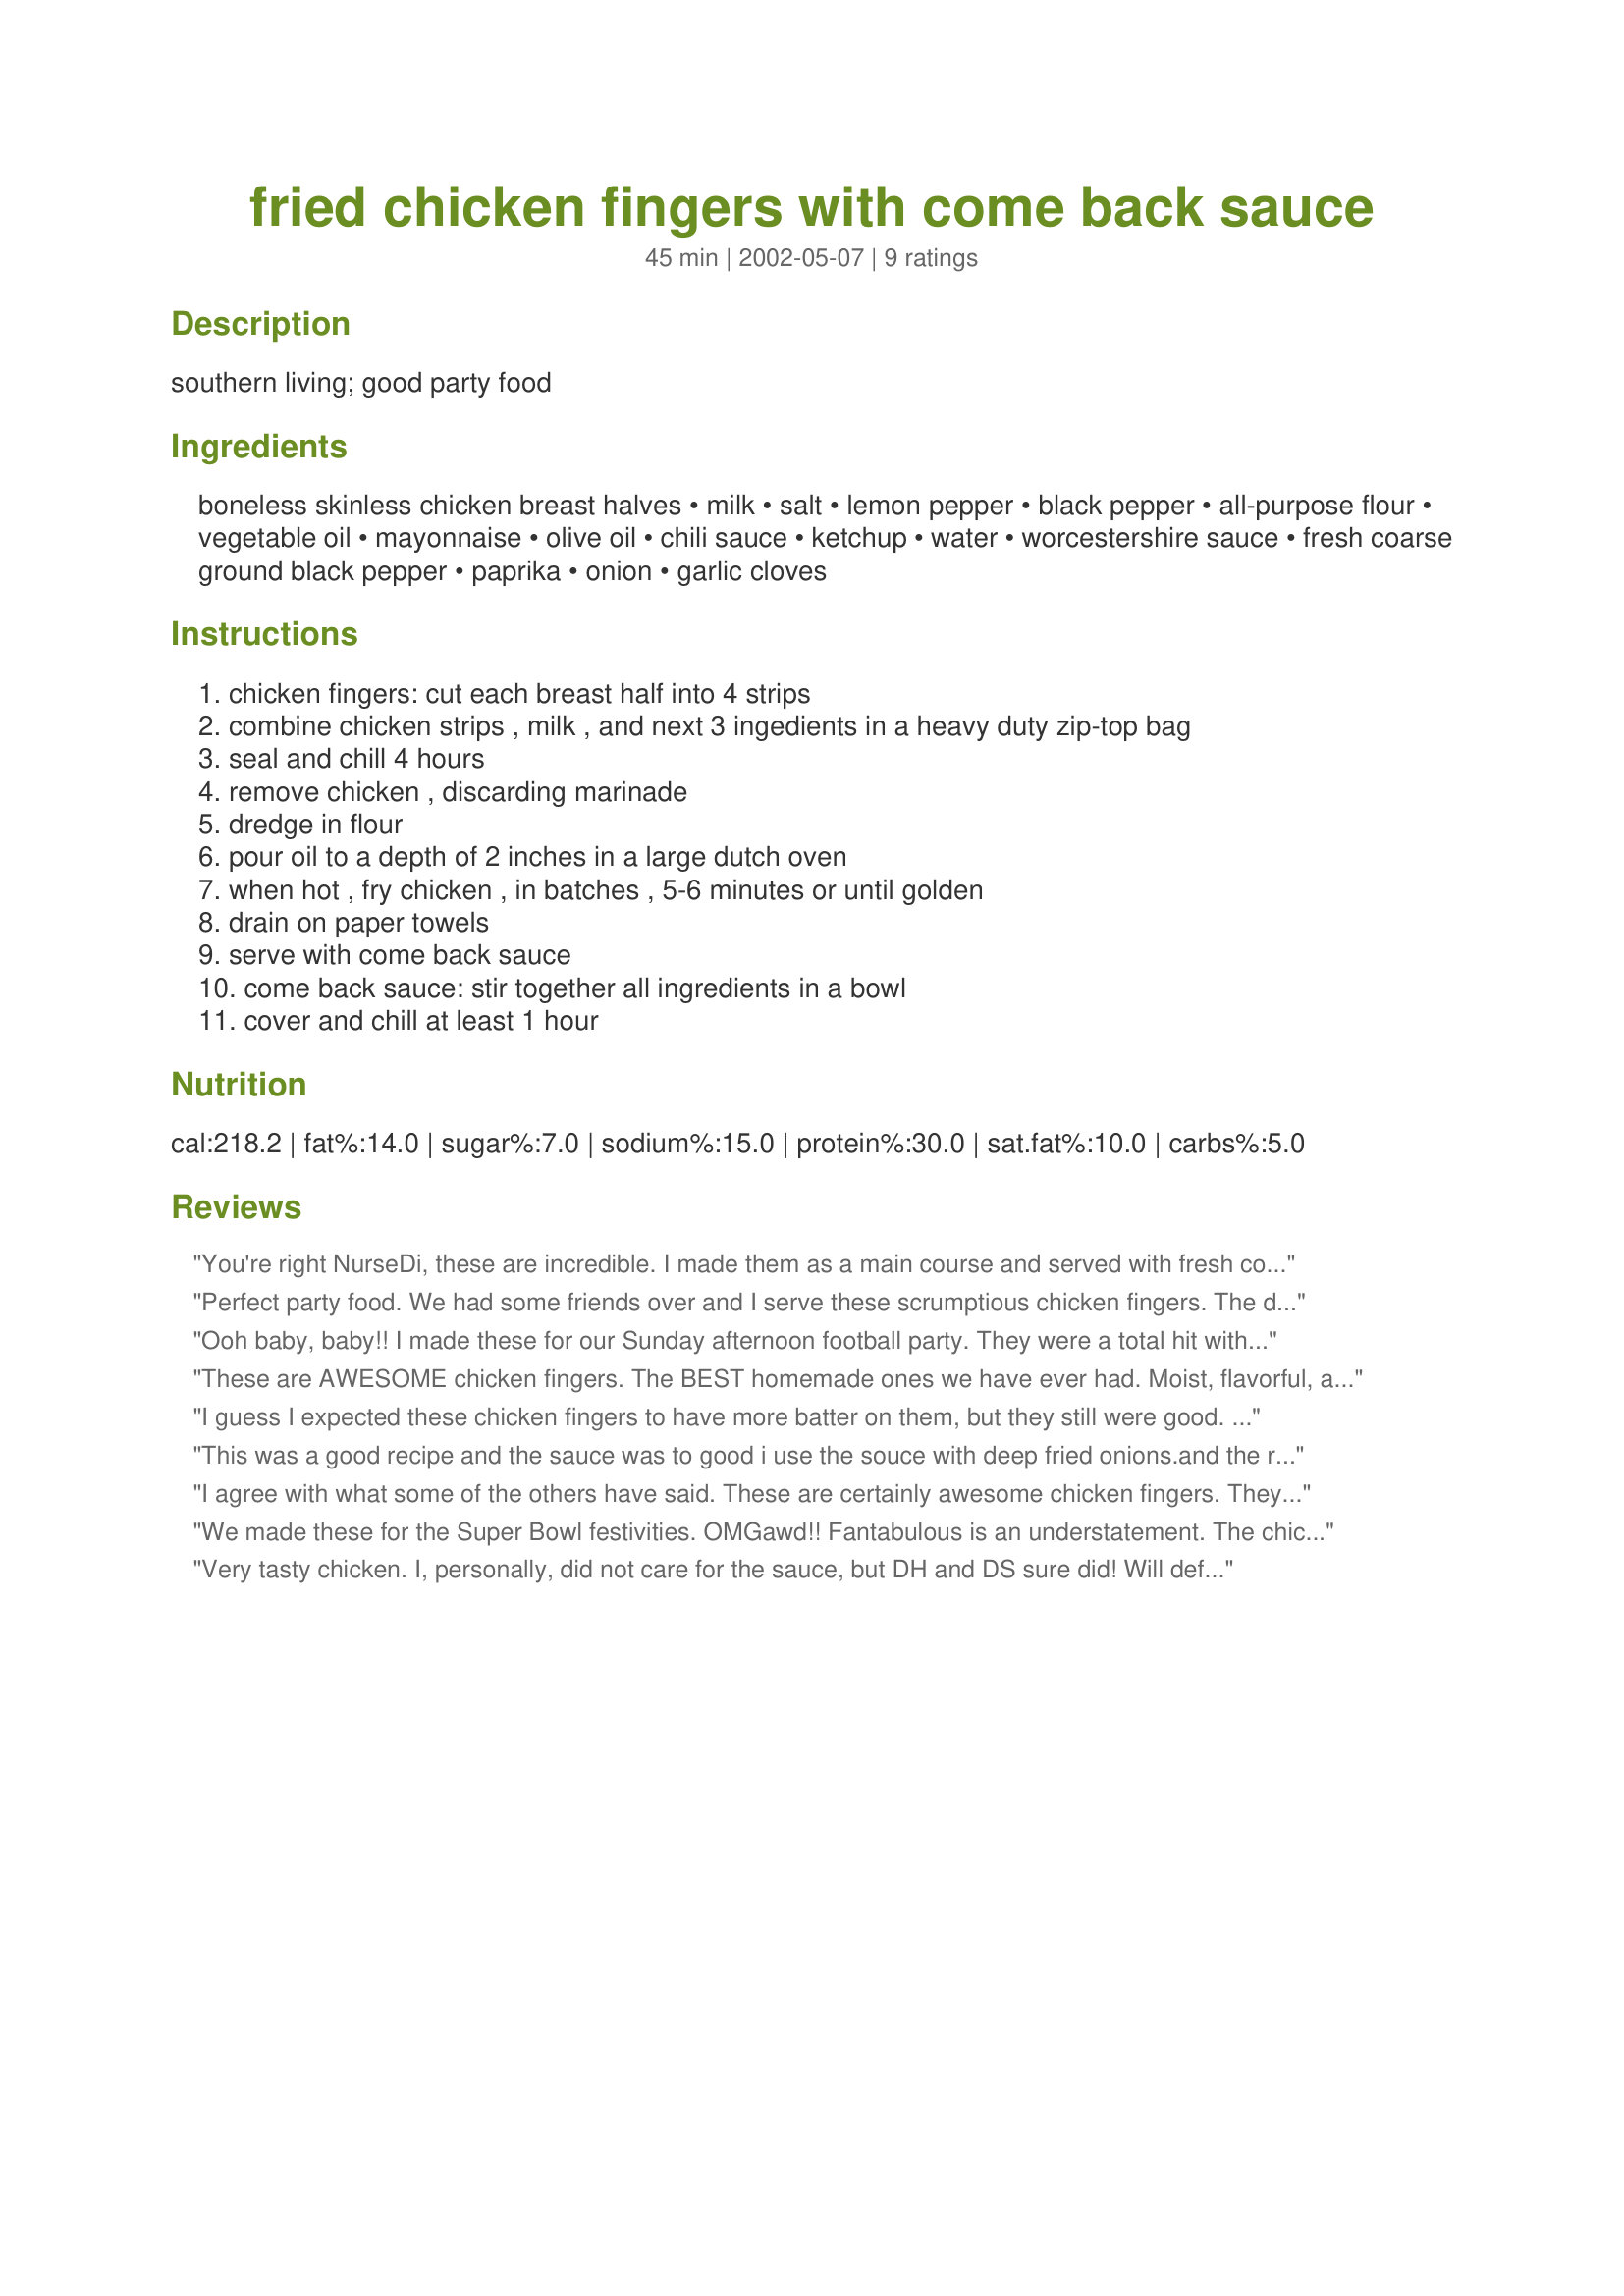
fried chicken fingers with come back sauce
Preparation time: 45 minutes

southern living; good party food

Ingredients:
boneless skinless chicken breast halves, milk, salt, lemon pepper, black pepper, all-purpose flour, vegetable oil, mayonnaise, olive oil, chili sauce, ketchup, water, worcestershire sauce, fresh coarse ground black pepper, paprika, onion, garlic cloves

Steps:
chicken fingers: cut each breast half into 4 strips
combine chicken strips , milk , and next 3 ingedients in a heavy duty zip-top bag
seal and chill 4 hours
remove chicken , discarding marinade
dredge in flour
pour oil to a depth of 2 inches in a large dutch oven
when hot , fry chicken , in batches , 5-6 minutes or until golden
drain on paper towels
serve with come back sauce
come back sauce: stir together all ingredients in a bowl
cover and chill at least 1 hour

Reviews:
You're right NurseDi, these are incredible. I made them as a main course and served with fresh corn and cole slaw which made for a great summertime supper. I didn't have 4 hours to marinade the chicken, only 1 1/2 hours and they were still melt in your mouth good, soooo tender! The sauce was a perfect compliment to the chicken. The only thing I didn't do was to mince the onion. Mine was more like a coarse chop. Next time I will take the time to mince them as suggested so I get a little bit more of the onion flavor. Thanks for an easy and delicious new "keeper"!
Perfect party food. We had some friends over and I serve these scrumptious chicken fingers. The dipping sauce had a super good flavor and the chicken was nice and crispy. Easier to make than I thought it would be.
Ooh baby, baby!! I made these for our Sunday afternoon football party. They were a total hit with me and my guests. These are the best chicken fingers I have ever had. They turned out moist on the inside and crisp on the outside. The dipping sauce was to die for. This is great party food.
These are AWESOME chicken fingers. The BEST homemade ones we have ever had. Moist, flavorful, and just the right amount of coating. We felt these were good enough to stand on their own without the sauce!! These will definitely be added to our recipe rotation!!! Thanks for the great recipe! :)
I guess I expected these chicken fingers to have more batter on them, but they still were good. Served them on a chef salad for a light dinner last night, but didn't make the sauce due to a very fussy DH. Thanks for posting.
This was a good recipe and the sauce was to good i use the souce with deep fried onions.and the recipe i also used to marinade the onions in then i did the chicken strips the same way my family loved it this is a keeper..
I agree with what some of the others have said. These are certainly awesome chicken fingers. They came out very moist and tender. We loved the dipping sauce and will probably use it for other things. This recipe will get used a lot in my house. Thanks.
We made these for the Super Bowl festivities. OMGawd!! Fantabulous is an understatement. The chicken fingers were moist and tender but with a great coating. Tha sauce, well I could just eat that with a spoon. Very zesty and zippy. Perfect for dipping. Thanks Nurse Di, a favorite with my family.
Very tasty chicken. I, personally, did not care for the sauce, but DH and DS sure did! Will definately make this again.
